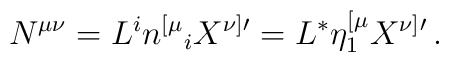
N^{\mu\nu} =    L^i n^{[\mu}{}_i X^{\nu]}{}' = L^* \eta^{[\mu}_1  X^{\nu]}{}'\,.